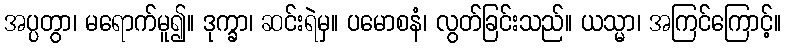
အပ္ပတွာ၊ မရောက်မူ၍။ ဒုက္ခာ၊ ဆင်းရဲမှ။ ပမောစနံ၊ လွတ်ခြင်းသည်။ ယသ္မာ၊ အကြင်ကြောင့်။